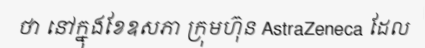
ថា នៅក្នុងខែឧសភា ក្រុមហ៊ុន AstraZeneca ដែល